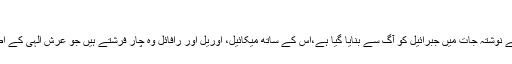
[85]
اسی طرح یہودیوں کے نوشتہ جات میں جبرائیل کو آگ سے بنایا گیا ہے،اس کے ساتھ میکائیل، اوریل اور رافائل وہ چار فرشتے ہیں جو عرش الہی کے اطراف میں موجود ہیں۔